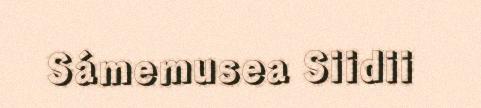
Sámemusea Siidii